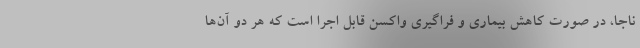
ناجا، در صورت کاهش بیماری و فراگیری واکسن قابل اجرا است که هر دو آن‌ها